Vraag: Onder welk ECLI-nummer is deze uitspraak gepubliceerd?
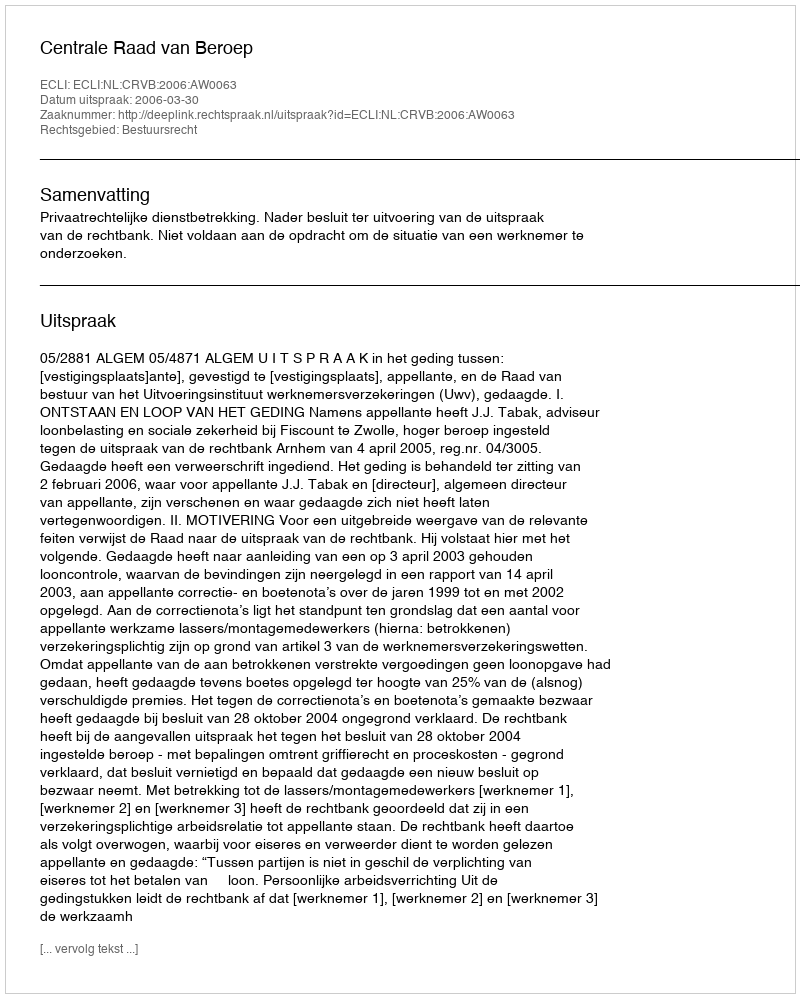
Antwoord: ECLI:NL:CRVB:2006:AW0063